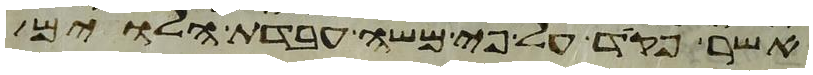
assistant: אשר פקד על פי משה עבדת הלוים